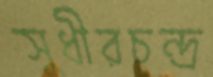
সুধীরচন্দ্র